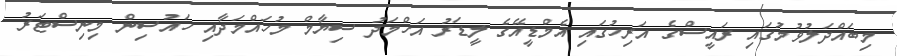
މިބައްދަލުވުމުގައި ރައީސްގެ އަރިހުގައި އެމްޑީއޭގެ ލީޑަރު އަހްމަދު ސިޔާމް މުހައްމަދާއި ހައުސިން މިނިސްޓަރު